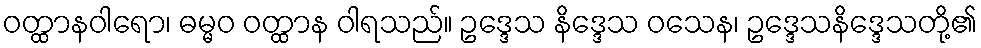
ဝတ္ထာနဝါရော၊ ဓမ္မဝ ဝတ္ထာန ဝါရသည်။ ဥဒ္ဒေသ နိဒ္ဒေသ ဝသေန၊ ဥဒ္ဒေသနိဒ္ဒေသတို့၏